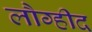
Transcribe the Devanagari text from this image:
लौग्हीद